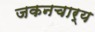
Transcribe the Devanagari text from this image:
जकनचार्य